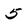
Character: 5